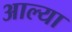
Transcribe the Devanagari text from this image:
अाल्या